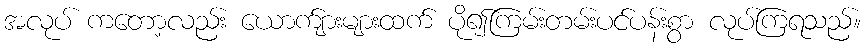
အလုပ် ကတော့လည်း ယောက်ျားများထက် ပို၍ကြမ်းတမ်းပင်ပန်းစွာ လုပ်ကြရသည်။